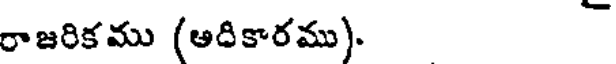
రాజరికము (ఆదికారము).